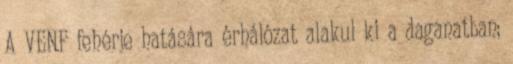
A VENF fehérje hatására érhálózat alakul ki a daganatban;